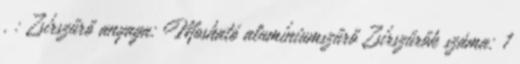
. : Zsírszűrő anyaga: Mosható alumíniumszűrő Zsírszűrők száma: 1